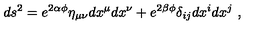
d s ^ { 2 } = e ^ { 2 \alpha \phi } \eta _ { \mu \nu } d x ^ { \mu } d x ^ { \nu } + e ^ { 2 \beta \phi } \delta _ { i j } d x ^ { i } d x ^ { j } \ ,